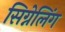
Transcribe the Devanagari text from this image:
सिग्नेलिंग